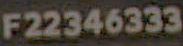
F22346333